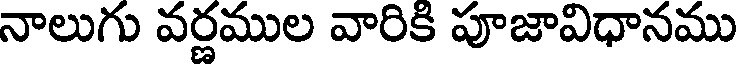
నాలుగు వర్ణముల వారికి పూజావిధానము